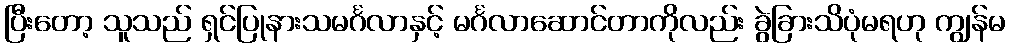
ပြီးတော့ သူသည် ရှင်ပြုနားသမင်္ဂလာနှင့် မင်္ဂလာဆောင်တာကိုလည်း ခွဲခြားသိပုံမရဟု ကျွန်မ